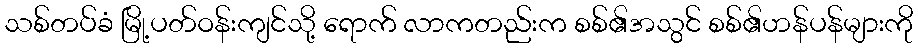
သစ်တပ်ခံ မြို့ပတ်ဝန်းကျင်သို့ ရောက် လာကတည်းက စစ်၏အသွင် စစ်၏ဟန်ပန်များကို